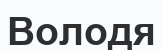
Володя